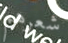
شعرهم